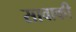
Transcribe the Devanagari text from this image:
सावाकी